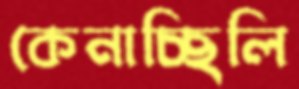
কেনাচ্ছিলি